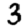
Digit: 3